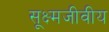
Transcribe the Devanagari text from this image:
सूक्ष्मजीवीय